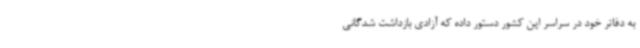
به دفاتر خود در سراسر این کشور دستور داده که آزادی بازداشت شدگانی